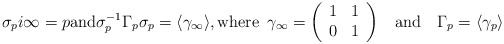
\begin{align*}\sigma_{p}i\infty = p \mathrm{and} \sigma_{p}^{-1}\Gamma_{p}\sigma_{p} = \langle\gamma_{\infty}\rangle,\mathrm{where}\,\,\, \gamma_{\infty}=\left(\begin{array}{ccc} 1 & 1\\ 0 & 1 \end{array}\right)\quad&\mathrm{and}\quad\Gamma_{p}=\langle\gamma_{p}\rangle\end{align*}